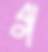
গ